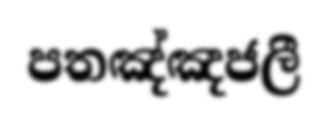
පතඤ්ඤජලී